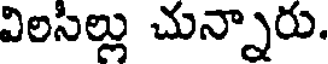
విలసిల్లు చున్నారు.